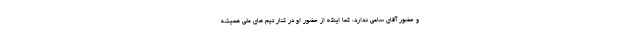
و حضور آقای ساعی ندارد، کما اینکه از حضور او در کنار تیم های ملی همیشه